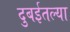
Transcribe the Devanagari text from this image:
दुबईतल्या